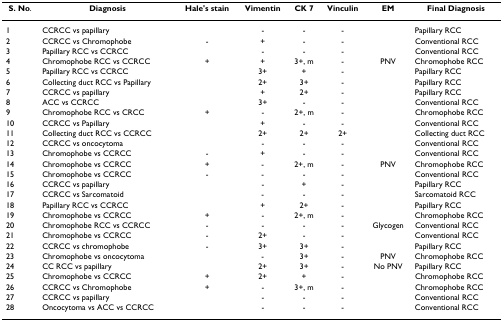
<table><thead><tr><td><b>S. No.</b></td><td><b>Diagnosis</b></td><td><b>Hale&#x27;s stain</b></td><td><b>Vimentin</b></td><td><b>CK 7</b></td><td><b>Vinculin</b></td><td><b>EM</b></td><td><b>Final Diagnosis</b></td></tr></thead><tbody><tr><td>1</td><td>CCRCC vs papillary</td><td></td><td>-</td><td>-</td><td>-</td><td></td><td>Papillary RCC</td></tr><tr><td>2</td><td>CCRCC vs Chromophobe</td><td>-</td><td>+</td><td>-</td><td>-</td><td></td><td>Conventional RCC</td></tr><tr><td>3</td><td>Papillary RCC vs CCRCC</td><td></td><td>-</td><td>-</td><td>-</td><td></td><td>Conventional RCC</td></tr><tr><td>4</td><td>Chromophobe RCC vs CCRCC</td><td>+</td><td>+</td><td>3+, m</td><td>-</td><td>PNV</td><td>Chromophobe RCC</td></tr><tr><td>5</td><td>Papillary RCC vs CCRCC</td><td></td><td>3+</td><td>+</td><td>-</td><td></td><td>Papillary RCC</td></tr><tr><td>6</td><td>Collecting duct RCC vs Papillary</td><td></td><td>2+</td><td>3+</td><td>-</td><td></td><td>Papillary RCC</td></tr><tr><td>7</td><td>CCRCC vs papillary</td><td></td><td>+</td><td>2+</td><td>-</td><td></td><td>Papillary RCC</td></tr><tr><td>8</td><td>ACC vs CCRCC</td><td></td><td>3+</td><td>-</td><td>-</td><td></td><td>Conventional RCC</td></tr><tr><td>9</td><td>Chromophobe RCC vs CRCC</td><td>+</td><td>-</td><td>2+, m</td><td>-</td><td></td><td>Chromophobe RCC</td></tr><tr><td>10</td><td>CCRCC vs Papillary</td><td></td><td>+</td><td>-</td><td>-</td><td></td><td>Conventional RCC</td></tr><tr><td>11</td><td>Collecting duct RCC vs CCRCC</td><td></td><td>2+</td><td>2+</td><td>2+</td><td></td><td>Collecting duct RCC</td></tr><tr><td>12</td><td>CCRCC vs oncocytoma</td><td></td><td>-</td><td>-</td><td>-</td><td></td><td>Conventional RCC</td></tr><tr><td>13</td><td>Chromophobe vs CCRCC</td><td>-</td><td>+</td><td>-</td><td>-</td><td></td><td>Conventional RCC</td></tr><tr><td>14</td><td>Chromophobe vs CCRCC</td><td>+</td><td>-</td><td>2+, m</td><td>-</td><td>PNV</td><td>Chromophobe RCC</td></tr><tr><td>15</td><td>Chromophobe vs CCRCC</td><td>-</td><td>-</td><td>-</td><td>-</td><td></td><td>Conventional RCC</td></tr><tr><td>16</td><td>CCRCC vs papillary</td><td></td><td>-</td><td>+</td><td>-</td><td></td><td>Papillary RCC</td></tr><tr><td>17</td><td>CCRCC vs Sarcomatoid</td><td></td><td>-</td><td>-</td><td>-</td><td></td><td>Sarcomatoid RCC</td></tr><tr><td>18</td><td>Papillary RCC vs CCRCC</td><td></td><td>+</td><td>2+</td><td>-</td><td></td><td>Papillary RCC</td></tr><tr><td>19</td><td>Chromophobe vs CCRCC</td><td>+</td><td>-</td><td>2+, m</td><td>-</td><td></td><td>Chromophobe RCC</td></tr><tr><td>20</td><td>Chromophobe RCC vs CCRCC</td><td>-</td><td>-</td><td>-</td><td>-</td><td>Glycogen</td><td>Conventional RCC</td></tr><tr><td>21</td><td>Chromophobe vs CCRCC</td><td>-</td><td>2+</td><td>-</td><td>-</td><td></td><td>Conventional RCC</td></tr><tr><td>22</td><td>CCRCC vs chromophobe</td><td>-</td><td>3+</td><td>3+</td><td>-</td><td></td><td>Papillary RCC</td></tr><tr><td>23</td><td>Chromophobe vs oncocytoma</td><td></td><td>-</td><td>3+</td><td>-</td><td>PNV</td><td>Chromophobe RCC</td></tr><tr><td>24</td><td>CC RCC vs papillary</td><td></td><td>2+</td><td>3+</td><td>-</td><td>No PNV</td><td>Papillary RCC</td></tr><tr><td>25</td><td>Chromophobe vs CCRCC</td><td>+</td><td>2+</td><td>+</td><td>-</td><td></td><td>Chromophobe RCC</td></tr><tr><td>26</td><td>CCRCC vs Chromophobe</td><td>+</td><td>-</td><td>3+, m</td><td>-</td><td></td><td>Chromophobe RCC</td></tr><tr><td>27</td><td>CCRCC vs papillary</td><td></td><td>-</td><td>-</td><td>-</td><td></td><td>Conventional RCC</td></tr><tr><td>28</td><td>Oncocytoma vs ACC vs CCRCC</td><td></td><td>-</td><td>-</td><td>-</td><td></td><td>Conventional RCC</td></tr></tbody></table>